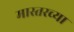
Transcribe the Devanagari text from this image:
मास्तरच्या